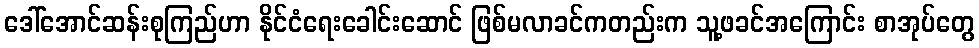
ဒေါ်အောင်ဆန်းစုကြည်ဟာ နိုင်ငံရေးခေါင်းဆောင် ဖြစ်မလာခင်ကတည်းက သူ့ဖခင်အကြောင်း စာအုပ်တွေ